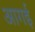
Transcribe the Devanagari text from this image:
आगई